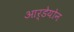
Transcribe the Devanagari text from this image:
आर्डेयोन